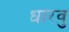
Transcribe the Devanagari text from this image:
धारवु